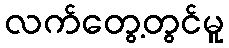
လက်တွေ့တွင်မူ